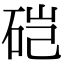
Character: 硙